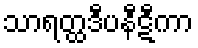
သာရတ္ထဒီပနီဋီကာ